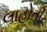
લાહોતી